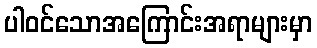
ပါဝင်သောအကြောင်းအရာများမှာ